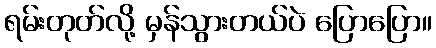
ရမ်းတုတ်လို့ မှန်သွားတယ်ပဲ ပြောပြော။